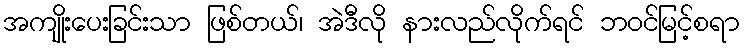
အကျိုးပေးခြင်းသာ ဖြစ်တယ်၊ အဲဒီလို နားလည်လိုက်ရင် ဘဝင်မြင့်စရာ